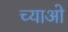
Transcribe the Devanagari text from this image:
च्याओ